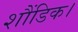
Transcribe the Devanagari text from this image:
शौंडिक।